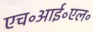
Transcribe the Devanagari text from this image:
एच॰आई॰एल॰